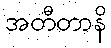
အတီတာနိ